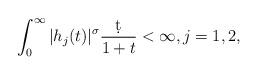
LaTeX: \begin{align*} \int_0^\infty |h_j(t)|^\sigma \frac{\d t}{1+t} < \infty, j=1,2,\end{align*}